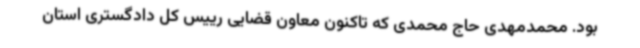
بود. محمدمهدی حاج محمدی که تاکنون معاون قضایی رییس کل دادگستری استان